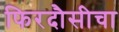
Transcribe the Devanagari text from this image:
फिरदौसीचा